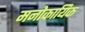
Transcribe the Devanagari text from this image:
मनोकायिक